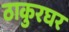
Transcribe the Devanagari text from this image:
ठाकुरघर